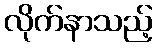
လိုက်နာသည့်